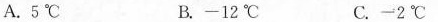
A.5^{\circ}C B.-12^{\circ}C C.-2^{\circ}C